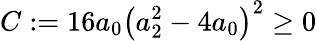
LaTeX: C:=16a_{0}\left(a_{2}^{2}-4a_{0}\right)^{2}\geq 0